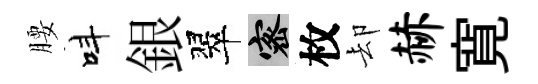
腰呌銀翠密枚却赫寛